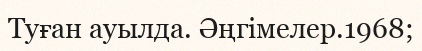
Туған ауылда. Әңгімелер.1968;